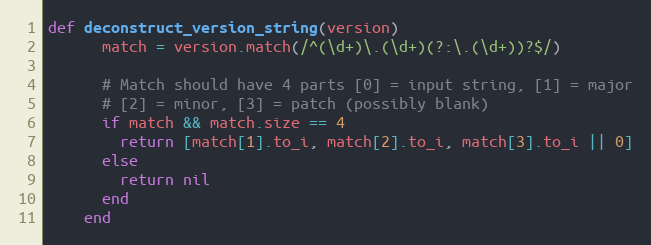
Language: Ruby
def deconstruct_version_string(version)
      match = version.match(/^(\d+)\.(\d+)(?:\.(\d+))?$/)

      # Match should have 4 parts [0] = input string, [1] = major
      # [2] = minor, [3] = patch (possibly blank)
      if match && match.size == 4
        return [match[1].to_i, match[2].to_i, match[3].to_i || 0]
      else
        return nil
      end
    end